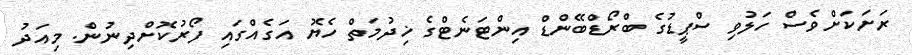
ރަށަކަށްވެސް ހަލުވި ސްޕީޑުގެ ބްރޯޑްބޭންޑް އިންޓަނެޓްގެ ޚިދުމަތް ހެޔޮ އަގެއްގައި ފޯރުކޮށްދިނުން. މިއަދު